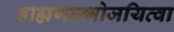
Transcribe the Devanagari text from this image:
ब्राह्मणान्भोजयित्वा